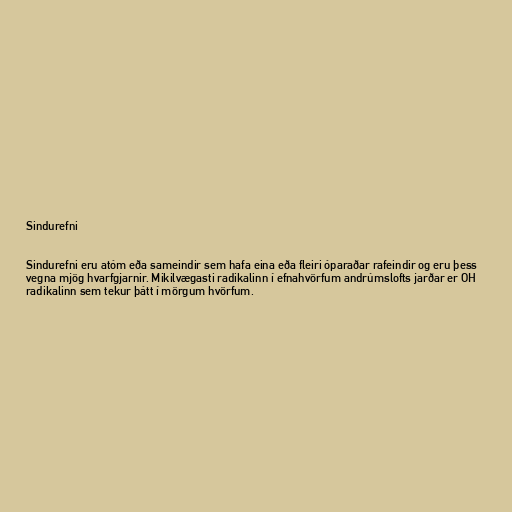
Sindurefni

Sindurefni eru atóm eða sameindir sem hafa eina eða fleiri óparaðar rafeindir og eru þess
vegna mjög hvarfgjarnir. Mikilvægasti radikalinn í efnahvörfum andrúmslofts jarðar er OH
radikalinn sem tekur þátt í mörgum hvörfum.